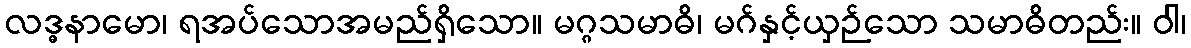
လဒ္ဓနာမော၊ ရအပ်သောအမည်ရှိသော။ မဂ္ဂသမာဓိ၊ မဂ်နှင့်ယှဉ်သော သမာဓိတည်း။ ဝါ၊